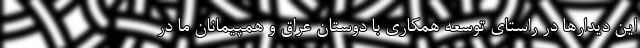
این دیدارها در راستای توسعه همکاری با دوستان عراق و همپیمانان ما در